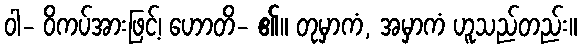
ဝါ- ဝိကပ်အားဖြင့်၊ ဟောတိ- ၏။ တုမှာကံ, အမှာကံ ဟူသည်တည်း။